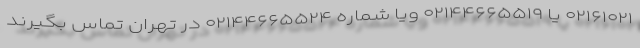
۰۲۱۶۱۰۲۱ یا ۰۲۱۴۴۶۶۵۵۱۹ ویا شماره ۰۲۱۴۴۶۶۵۵۲۴ در تهران تماس بگیرند